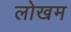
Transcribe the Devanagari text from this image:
लोखम